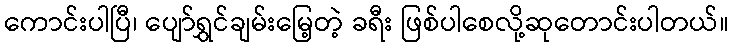
ကောင်းပါပြီ၊ ပျော်ရွှင်ချမ်းမြေ့တဲ့ ခရီး ဖြစ်ပါစေလို့ဆုတောင်းပါတယ်။